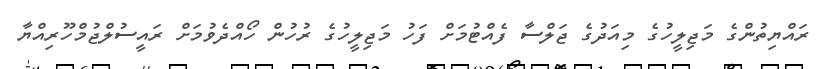
ރައްޔިތުންގެ މަޖިލީހުގެ މިއަދުގެ ޖަލްސާ ފެއްޓުމަށް ފަހު މަޖިލީހުގެ ރުހުން ހޯއްދެވުމަށް ރައީސުލްޖުމްހޫރިއްޔާ